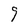
Character: g